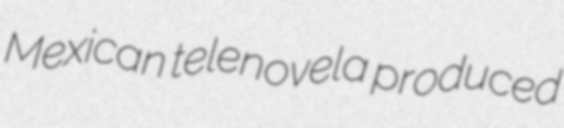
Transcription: Mexican telenovela produced